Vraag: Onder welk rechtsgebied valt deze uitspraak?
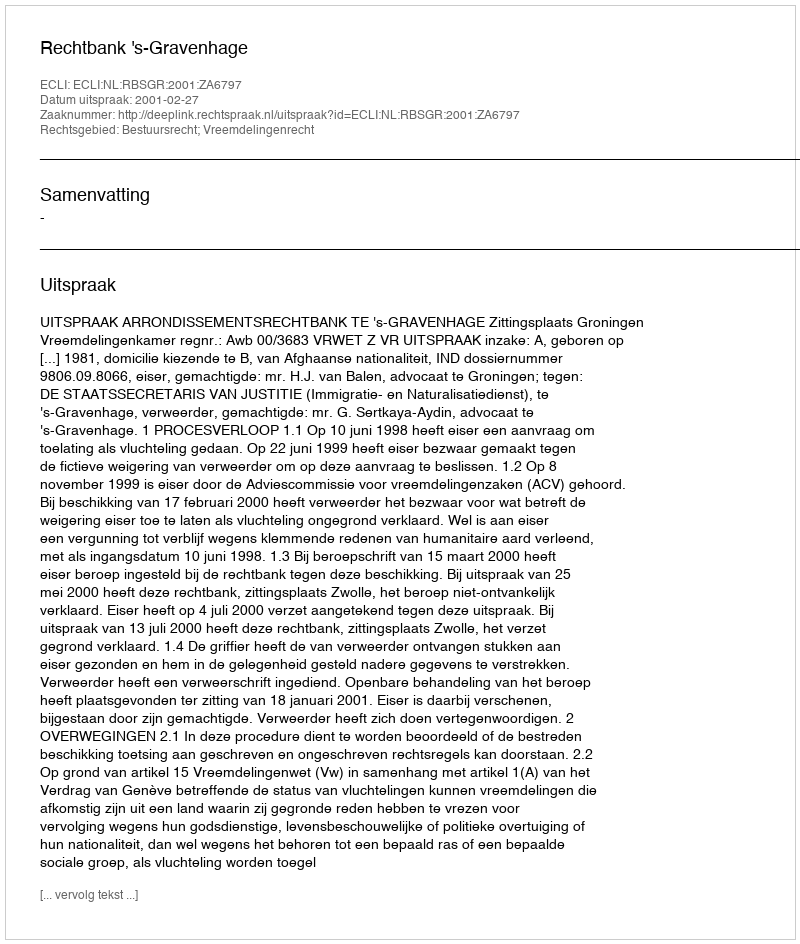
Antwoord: Bestuursrecht; Vreemdelingenrecht